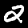
Label: 2